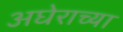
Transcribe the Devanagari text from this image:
अघेराच्या